Plague in India, 1896, 1897 - Volume 1
Year: 1896
Disease focus: Plague
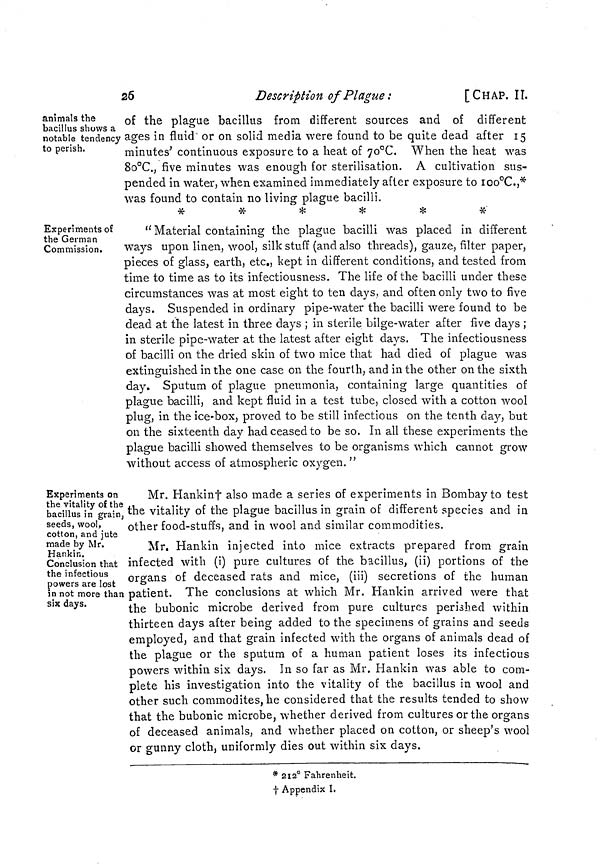
26
Description of Plague :
[CHAP. II.
animals the
bacillus shows a
notable tendency
to perish.
of the plague bacillus from different sources and of different
ages in fluid or on solid media were found to be quite dead after 15
minutes' continuous exposure to a heat of 7O°C. When the heat was
8o°C., five minutes was enough for sterilisation. A cultivation sus-
pended in water, when examined immediately after exposure to 100°C.,*
was found to contain no living plague bacilli.
*
*
*
*
*
*
Experiments of
the German
Commission.
" Material containing the plague bacilli was placed in different
ways upon linen, wool, silk stuff (and also threads), gauze, filter paper,
pieces of glass, earth, etc., kept in different conditions, and tested from
time to time as to its infectiousness. The life of the bacilli under these
circumstances was at most eight to ten days, and often only two to five
days. Suspended in ordinary pipe-water the bacilli were found to be
dead at the latest in three days ; in sterile bilge-water after five days ;
in sterile pipe-water at the latest after eight days. The infectiousness
of bacilli on the dried skin of two mice that had died of plague was
extinguished in the one case on the fourth, and in the other on the sixth
day. Sputum of plague pneumonia, containing large quantities of
plague bacilli, and kept fluid in a test tube, closed with a cotton wool
plug, in the ice-box, proved to be still infectious on the tenth day, but
on the sixteenth day had ceased to be so. In all these experiments the
plague bacilli showed themselves to be organisms which cannot grow
without access of atmospheric oxygen. "
Experiments on
the vitality of the
bacillus in grain,
seeds, wool,
cotton, and jute
made by Mr.
Hankin.
Conclusion that
the infectious
powers are lost
in not more than
six days.
Mr. Hankin † also made a series of experiments in Bombay to test
the vitality of the plague bacillus in grain of different species and in
other food-stuffs, and in wool and similar commodities.
Mr. Hankin injected into mice extracts prepared from grain
infected with (i) pure cultures of the bacillus, (ii) portions of the
organs of deceased rats and mice, (iii) secretions of the human
patient. The conclusions at which Mr. Hankin arrived were that
the bubonic microbe derived from pure cultures perished within
thirteen days after being added to the specimens of grains and seeds
employed, and that grain infected with the organs of animals dead of
the plague or the sputum of a human patient loses its infectious
powers within six days. In so far as Mr. Hankin was able to com-
plete his investigation into the vitality of the bacillus in wool and
other such commodités, he considered that the results tended to show
that the bubonic microbe, whether derived from cultures or the organs
of deceased animals, and whether placed on cotton, or sheep's wool
or gunny cloth, uniformly dies out within six days.
* 212° Fahrenheit.
t Appendix I.